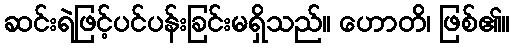
ဆင်းရဲဖြင့်ပင်ပန်းခြင်းမရှိသည်။ ဟောတိ၊ ဖြစ်၏။